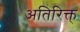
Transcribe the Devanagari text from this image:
अतिरिक्त्